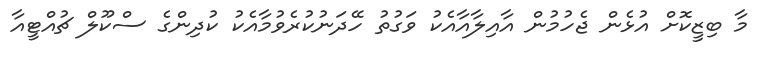
މާ ބިޒީކޮށް އުޅެން ޖެހުމުން އާއިލާއާއެކު ވަގުތު ހޭދަނުކުރެވުމާއެކު ކުދިންގެ ސްކޫލް ޗުއްޓީއާ